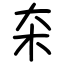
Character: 㚓